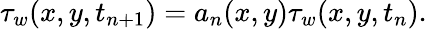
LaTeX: \tau_{w}(x,y,t_{n+1})=a_{n}(x,y)\tau_{w}(x,y,t_{n}).